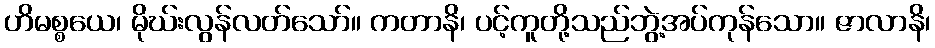
ဟိမစ္စယေ၊ မိုဃ်းလွန်လတ်သော်။ ကတာနိ၊ ပင့်ကူတို့သည်ဘွဲ့အပ်ကုန်သော။ ဇာလာနိ၊